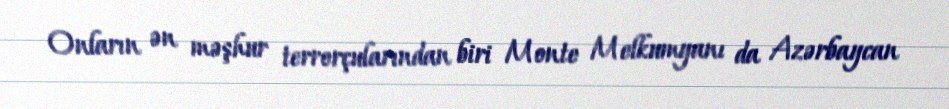
Onların ən məşhur terrorçularından biri Monte Melkumyanı da Azərbaycan